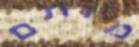
מותם